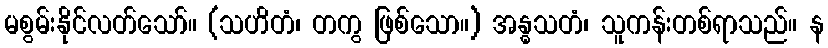
မစွမ်းနိုင်လတ်သော်။ (သဟိတံ၊ တကွ ဖြစ်သော။) အန္ဓသတံ၊ သူကန်းတစ်ရာသည်။ န